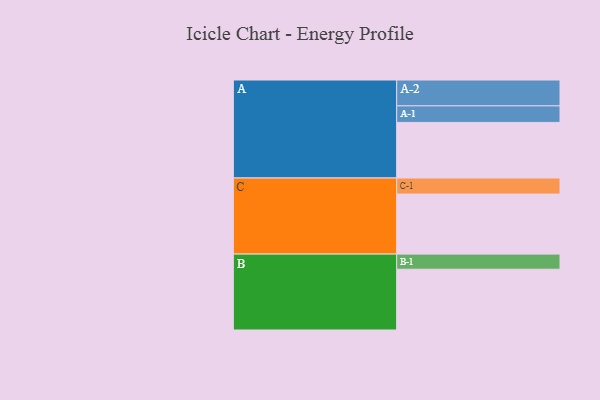
{"axis": {"x": "Segment", "y": "Value"}, "legend": ["", "A", "B", "C"], "data": [{"x": "A", "y": 460, "type": ""}, {"x": "B", "y": 503, "type": ""}, {"x": "C", "y": 497, "type": ""}, {"x": "A-1", "y": 137, "type": "A"}, {"x": "A-2", "y": 214, "type": "A"}, {"x": "B-1", "y": 125, "type": "B"}, {"x": "C-1", "y": 133, "type": "C"}]}